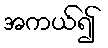
အကယ်၍